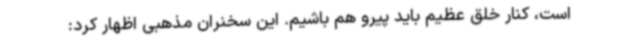
است، کنار خلق عظیم باید پیرو هم باشیم. این سخنران مذهبی اظهار کرد: